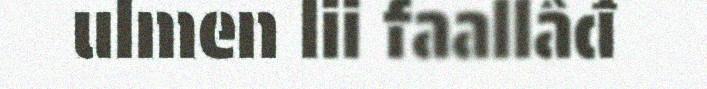
ulmen lii faallâđ